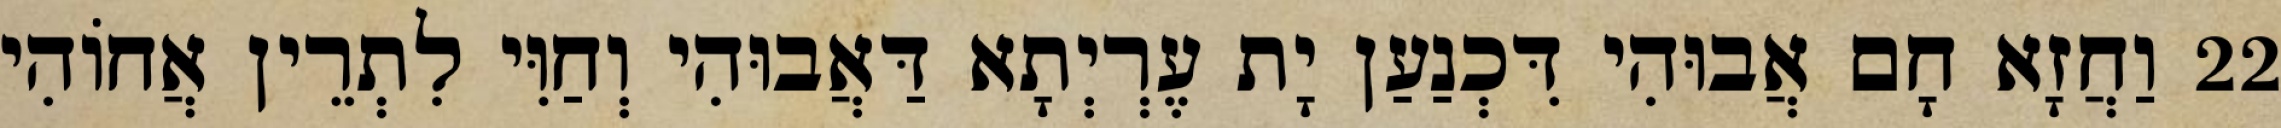
22 וַחֲזָא חָם אֲבוּהִי דִּכְנַעַן יָת עֶרְיְתָא דַּאֲבוּהִי וְחַוִּי לִתְרֵין אֲחוֹהִי